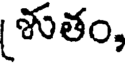
శుతం,